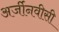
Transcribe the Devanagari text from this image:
अर्जीनवीसी